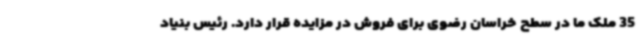
35 ملک ما در سطح خراسان رضوی برای فروش در مزایده قرار دارد. رئیس بنیاد